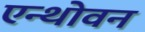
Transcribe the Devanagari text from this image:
एन्थोवन